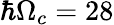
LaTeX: \hbar\Omega_{c}=28